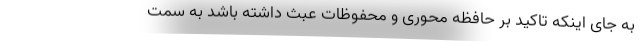
به جای اینکه تاکید بر حافظه محوری و محفوظات عبث داشته باشد به سمت